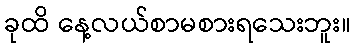
ခုထိ နေ့လယ်စာမစားရသေးဘူး။